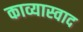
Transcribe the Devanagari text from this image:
काव्यास्वाद